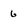
Character: 6